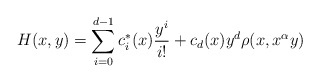
\begin{align*}H(x,y)= \sum_{i=0}^{d-1}c_i^*(x) \frac{ y^{i}}{i!}+c_d(x)y^d \rho(x,x^{\alpha } y)\end{align*}